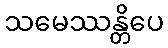
သမေဿန္တိပေ